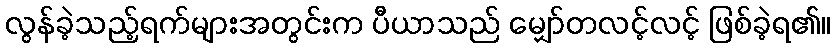
လွန်ခဲ့သည့်ရက်များအတွင်းက ပီယာသည် မျှော်တလင့်လင့် ဖြစ်ခဲ့ရ၏။